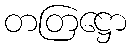
တတြဋ္ဌော